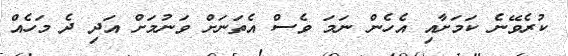
ކުރެވޭނެ ކަމަށާއި އެހެން ނަމަ ވެސް އެތަނަށް ވަނުމަށް އަދި ދެ މަހެއް